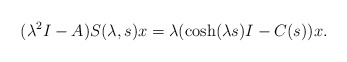
\begin{align*}(\lambda^{2}I - A)S(\lambda,s)x=\lambda (\cosh(\lambda s)I - C(s))x.\end{align*}